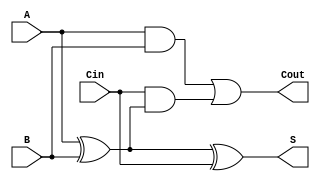
module full_adder (
    input wire A,     // First input bit
    input wire B,     // Second input bit
    input wire Cin,   // Carry-in bit
    output wire S,    // Sum output
    output wire Cout   // Carry-out output
);

    // Intermediate signals
    wire X1;          // Intermediate signal for first XOR
    wire AB;          // Intermediate signal for AND of A and B
    wire Cin_X1;      // Intermediate signal for AND of Cin and (A XOR B)

    // Level 1: Sum Calculation using XOR gates
    assign X1 = A ^ B;     // First XOR gate
    assign S = X1 ^ Cin;   // Second XOR gate for final sum

    // Level 1: Carry-Out Calculation using AND and OR gates
    assign AB = A & B;                     // AND gate for A and B
    assign Cin_X1 = Cin & X1;              // AND gate for Cin and (A XOR B)
    assign Cout = AB | Cin_X1;             // OR gate for final carry-out

endmodule